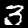
Digit: 3